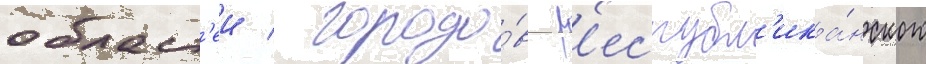
област'еи / городо́в р'еспубл'ика́нского